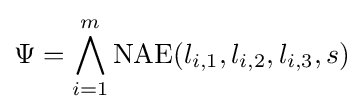
\Psi =\bigwedge _{i=1}^{m}\operatorname {NAE} (l_{i,1},l_{i,2},l_{i,3},s)